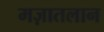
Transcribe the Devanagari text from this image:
मज़ातलान